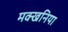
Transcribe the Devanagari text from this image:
मक्खनिया